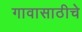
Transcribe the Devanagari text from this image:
गावासाठीचे